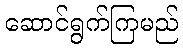
ဆောင်ရွက်ကြမည်